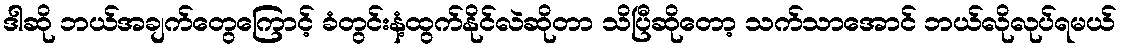
ဒါဆို ဘယ်အချက်တွေကြောင့် ခံတွင်းနံ့ထွက်နိုင်လဲဆိုတာ သိပြီဆိုတော့ သက်သာအောင် ဘယ်လိုလုပ်ရမယ်